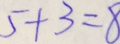
5 + 3 = 8